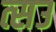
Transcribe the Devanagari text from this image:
त्सउ